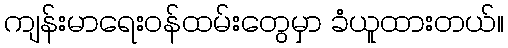
ကျန်းမာရေး၀န်ထမ်းတွေမှာ ခံယူထားတယ်။